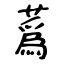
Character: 蔿